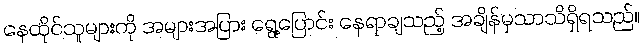
နေထိုင်သူများကို အများအပြား ရွေ့ပြောင်း နေရာချသည့် အချိန်မှသာသိရှိရသည်။